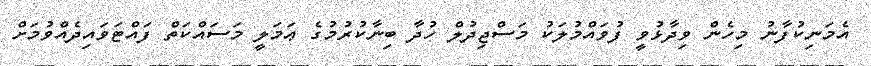
އެމަނިކުފާނު މިހެން ވިދާޅުވީ ފުވައްމުލަކު މަސްޖިދުލް ހުދާ ބިނާކުރުމުގެ ޢަމަލީ މަސައްކަތް ފައްޓަވައިދެއްވުމަށް